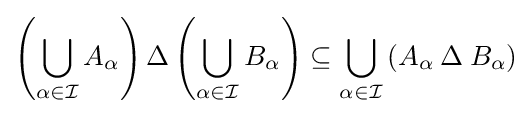
\left(\bigcup _{\alpha \in {\mathcal {I}}}A_{\alpha }\right)\Delta \left(\bigcup _{\alpha \in {\mathcal {I}}}B_{\alpha }\right)\subseteq \bigcup _{\alpha \in {\mathcal {I}}}\left(A_{\alpha }\mathbin {\Delta } B_{\alpha }\right)